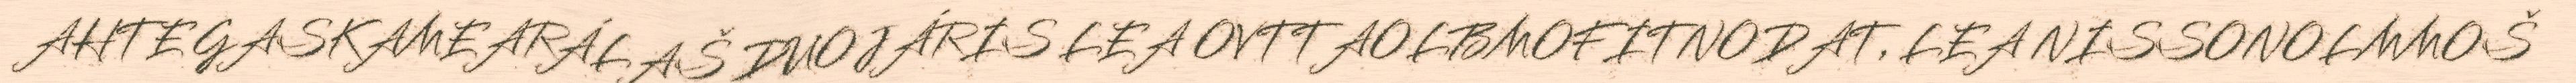
AHTE GASKAMEARÁLAŠ DUOJÁRIS LEA OVTTAOLBMOFITNODAT, LEA NISSONOLMMOŠ